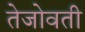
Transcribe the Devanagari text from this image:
तेजोवती